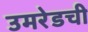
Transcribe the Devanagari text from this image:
उमरेडची